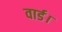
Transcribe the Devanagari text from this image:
वार्ड।